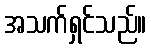
အသက်ရှင်သည်။